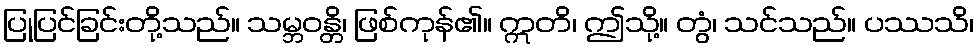
ပြုပြင်ခြင်းတို့သည်။ သမ္ဘဝန္တိ၊ ဖြစ်ကုန်၏။ ဣတိ၊ ဤသို့။ တွံ၊ သင်သည်။ ပဿသိ၊